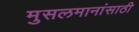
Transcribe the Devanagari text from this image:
मुसलमानांसाठी